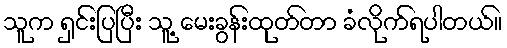
သူက ရှင်းပြပြီး သူ့ မေးခွန်းထုတ်တာ ခံလိုက်ရပါတယ်။